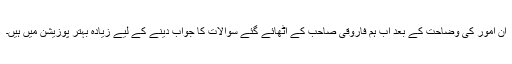
ان امور کی وضاحت کے بعد اب ہم فاروقی صاحب کے اٹھائے گئے سوالات کا جواب دینے کے لیے زیادہ بہتر پوزیشن میں ہیں۔